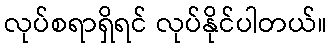
လုပ်စရာရှိရင် လုပ်နိုင်ပါတယ်။